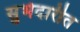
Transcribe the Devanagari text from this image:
सुभेदारीत